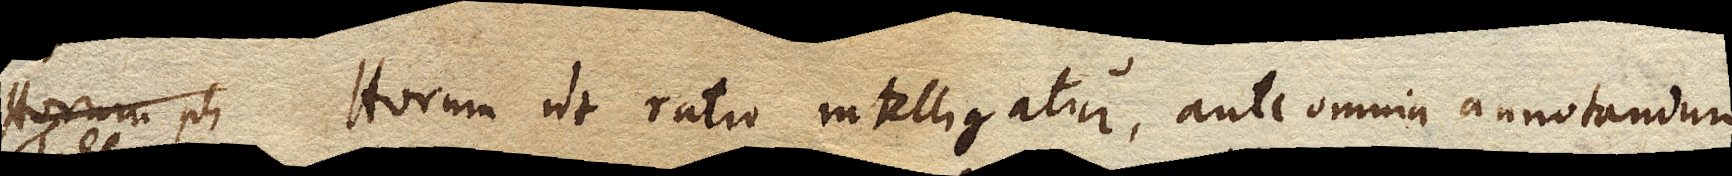
Horum ut ratio intelligatur, ante omnia annotandum